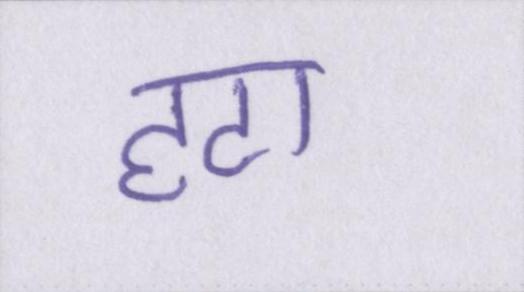
हटा